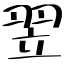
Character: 翌